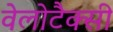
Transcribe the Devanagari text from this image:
वेलोटैक्सी